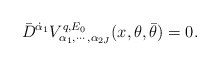
\begin{align*}\bar D^{\dot\alpha_1}V^{q,E_0}_{\alpha_1 , \cdots , \alpha_{2J}}(x,\theta , \bar\theta )=0.\end{align*}